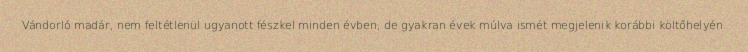
Vándorló madár, nem feltétlenül ugyanott fészkel minden évben, de gyakran évek múlva ismét megjelenik korábbi költőhelyén.